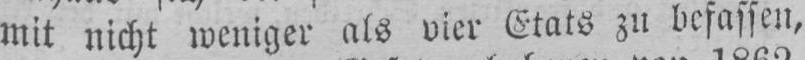
mit nicht weniger als vier Etats zu befassen,